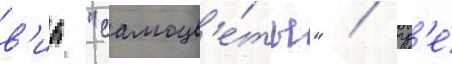
в'иа "самоцв'е́ты" / гд'е́